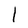
Character: I